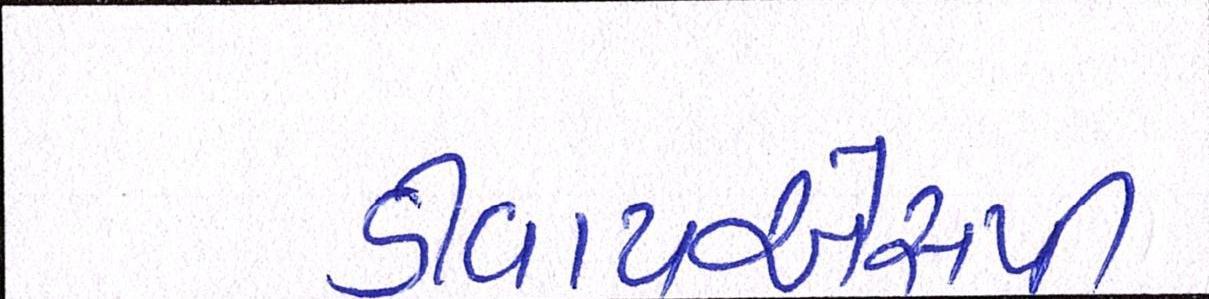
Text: ડીવાયએસપી